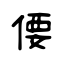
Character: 偠